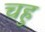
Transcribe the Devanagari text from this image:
चहु